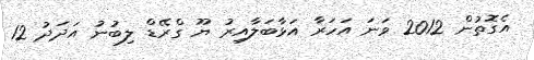
އެގޮތުން 2012 ވަނަ އަހަރާ އަޅާބަލާއިރު ޔޫ ގްރޭޑް ލިބުނު އަދަދު 12